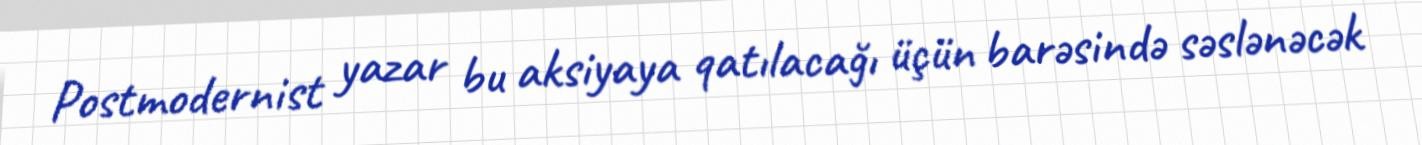
Postmodernist yazar bu aksiyaya qatılacağı üçün barəsində səslənəcək